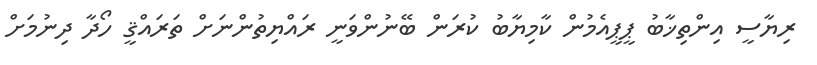
ރިޔާސީ އިންތިޚާބު ޕީޕީއެމުން ކާމިޔާބު ކުރަން ބޭނުންވަނީ ރައްޔިތުންނަށް ތަރައްޤީ ހޯދާ ދިނުމަށް